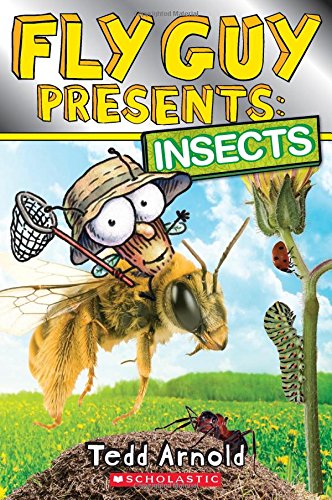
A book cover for Fly Guy Presents: Insects; Tedd Arnold; Children's Books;